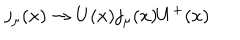
j _ { \mu } ( x ) \rightarrow U ( x ) j _ { \mu } ( x ) U ^ { + } ( x )